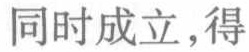
同时成立，得